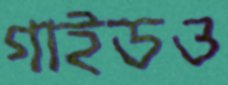
গাইডও